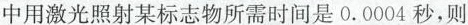
中用激光照射某标志物所需时间是0.0004秒，则